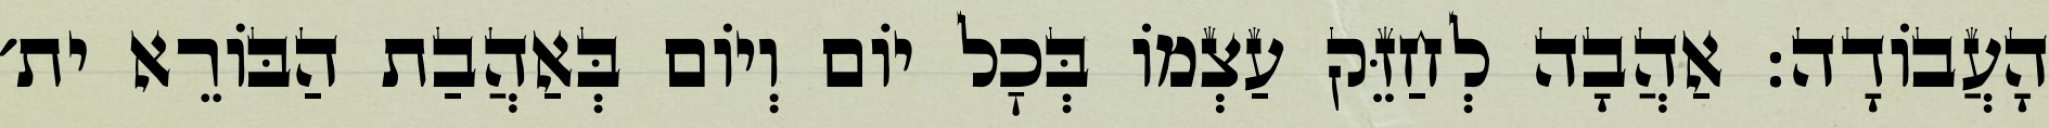
הָעֲבוֹדָה: אַהֲבָה לְחַזֵּק עַצְמוֹ בְּכׇל יוֹם וְיוֹם בְּאַהֲבַת הַבּוֹרֵא ית׳